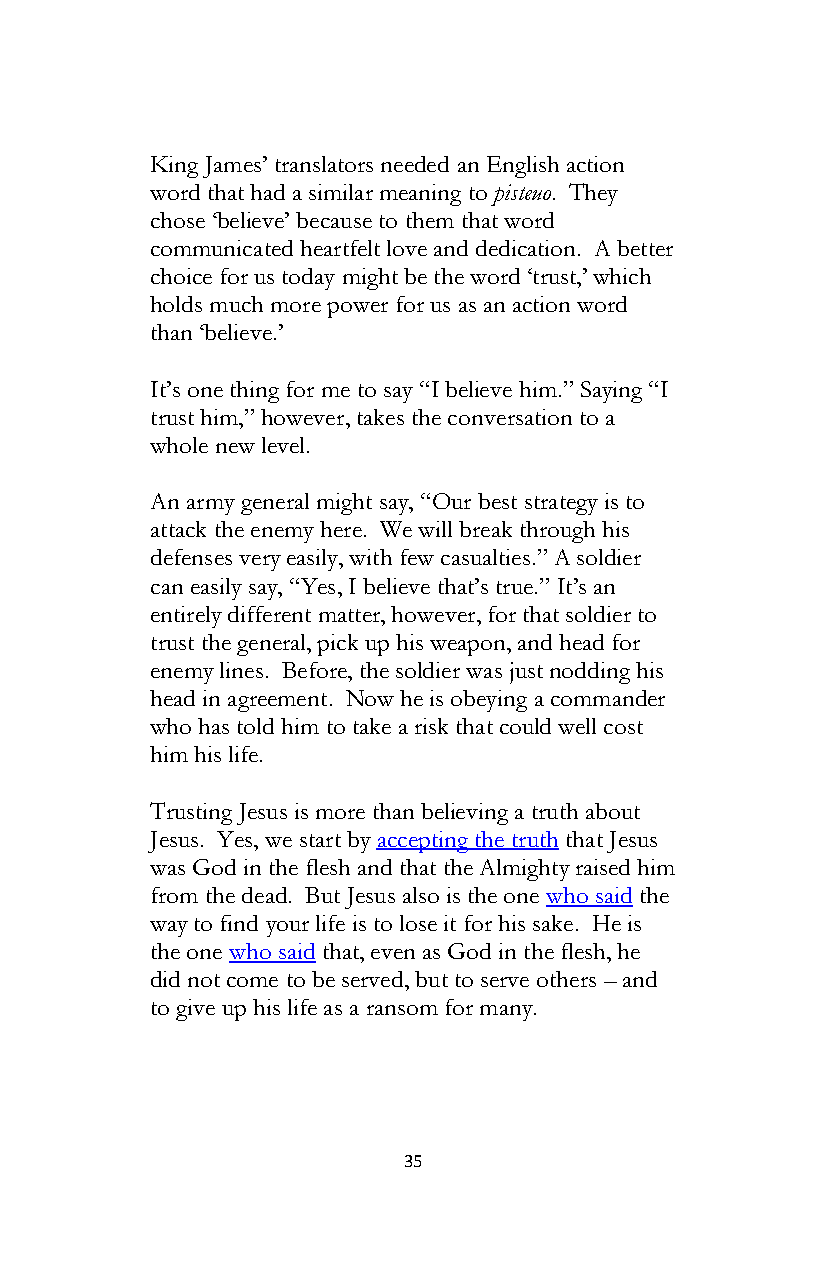
King James’ translators needed an English action
 word that had a similar meaning to pisteuo. They
 chose ‘believe’ because to them that word
 communicated heartfelt love and dedication. A better
 choice for us today might be the word ‘trust,’ which
 holds much more power for us as an action word
 than ‘believe.’
 It’s one thing for me to say “I believe him.” Saying “I
 trust him,” however, takes the conversation to a
 whole new level.
 An army general might say, “Our best strategy is to
 attack the enemy here. We will break through his
 defenses very easily, with few casualties.” A soldier
 can easily say, “Yes, I believe that’s true.” It’s an
 entirely different matter, however, for that soldier to
 trust the general, pick up his weapon, and head for
 enemy lines. Before, the soldier was just nodding his
 head in agreement. Now he is obeying a commander
 who has told him to take a risk that could well cost
 him his life.
 Trusting Jesus is more than believing a truth about
 Jesus. Yes, we start by accepting the truth that Jesus
 was God in the flesh and that the Almighty raised him
 from the dead. But Jesus also is the one who said the
 way to find your life is to lose it for his sake. He is
 the one who said that, even as God in the flesh, he
 did not come to be served, but to serve others – and
 to give up his life as a ransom for many.
 35